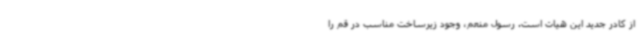
از کادر جدید این هیات است. رسول منعم،‌ وجود زیرساخت مناسب در قم را